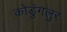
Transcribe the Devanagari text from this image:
कोडुंगलुर